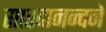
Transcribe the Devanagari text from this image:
सारदानन्दने